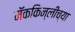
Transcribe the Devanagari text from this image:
मॅककिन्लीच्या